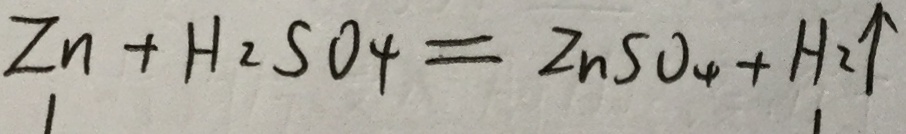
Z n + H _ { 2 } S O _ { 4 } = Z n S O _ { 4 } + H _ { 2 } \uparrow